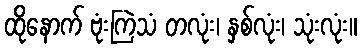
ထိုနောက် ဗုံးကြဲသံ တလုံး၊ နှစ်လုံး၊ သုံးလုံး။